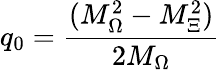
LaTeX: q_{0}=\frac{(M_{\Omega}^{2}-M_{\Xi}^{2})}{2M_{\Omega}}